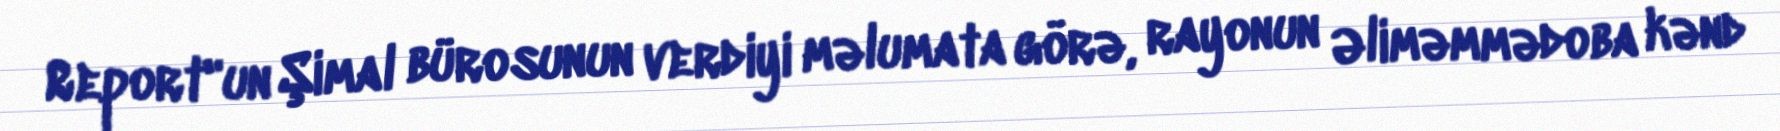
Report"un Şimal bürosunun verdiyi məlumata görə, rayonun Əliməmmədoba kənd